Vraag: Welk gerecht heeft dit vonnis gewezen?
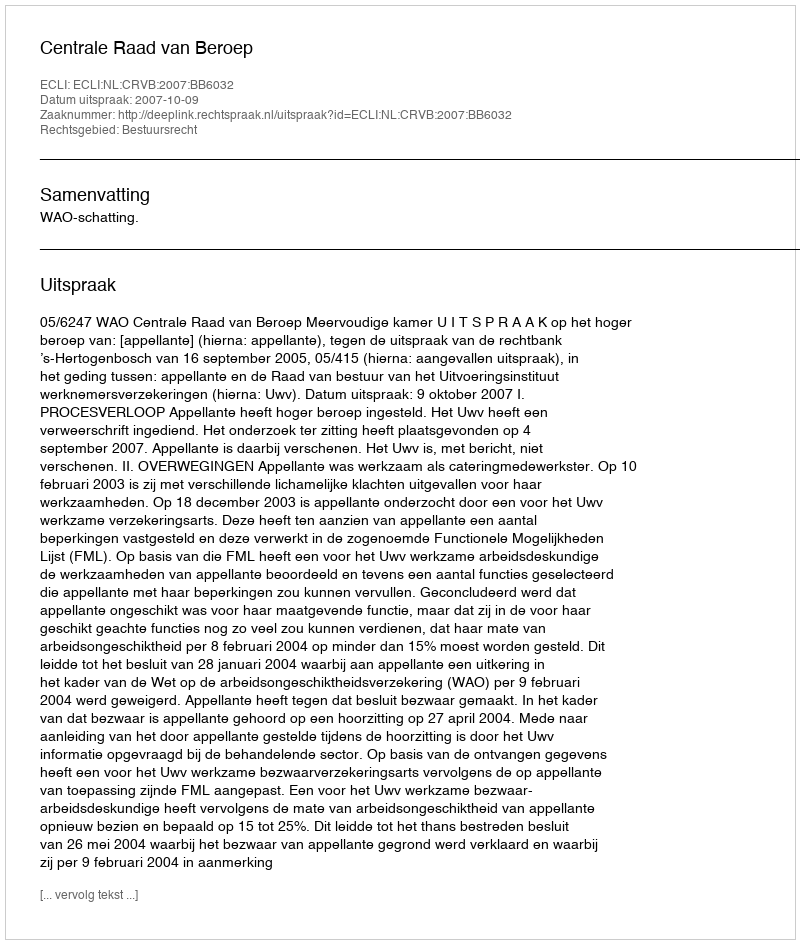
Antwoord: Centrale Raad van Beroep